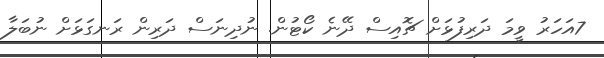
7އަހަރު ވީމަ ދަރިފުޅަށް ޗޮއިސް ދޭނެ ކޯޓުން. ނުދިނަސް ދަރިން ރަނގަޅަށް ނުބަލާ